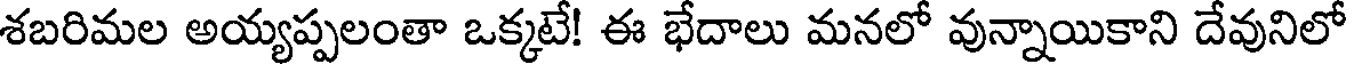
శబరిమల అయ్యప్పలంతా ఒక్కటే! ఈ భేదాలు మనలో వున్నాయికాని దేవునిలో